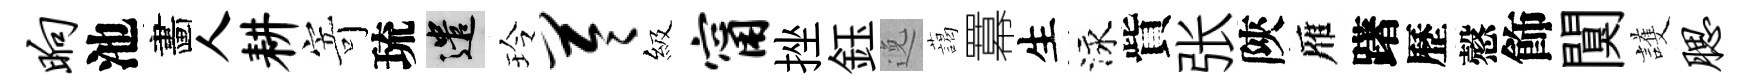
晌池畵人耕寄琉遣玲苓級甯挫鈺𨓜藹羃生泳貲张陝雁躇歷慤飾闃護腮